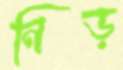
নিড়